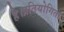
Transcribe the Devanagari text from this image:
है।प्रतियोगिता